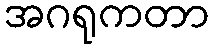
အဂရုကတာ